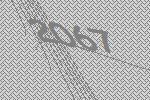
2067